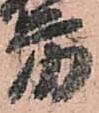
房